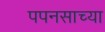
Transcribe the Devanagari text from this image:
पपनसाच्या